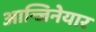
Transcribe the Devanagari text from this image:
आन्जिनेयार